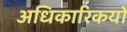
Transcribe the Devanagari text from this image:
अधिकारिकयों